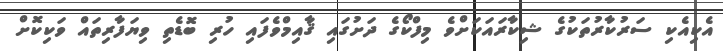
އެކިއެކި ސަރުކާރުތަކުގެ ޝިކާރައަކަށްވެ މިފްކޯގެ ދަށުގައި ޤާއިމްވެފައި ހުރި ބޮޑެތި ވިޔަފާރިތައް ވަކިކޮށް